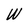
Character: W